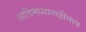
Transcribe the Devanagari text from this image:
आदिमध्यान्तहीनाय